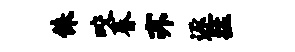
侏咬春亦逐猛